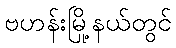
ဗဟန်းမြို့နယ်တွင်